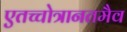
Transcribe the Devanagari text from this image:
एतच्चोत्रानतमैव